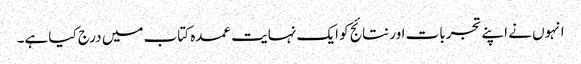
انہوں نے اپنے تجربات اور نتائج کو ایک نہایت عمدہ کتاب میں درج کیا ہے۔